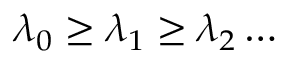
\lambda _ { 0 } \geq \lambda _ { 1 } \geq \lambda _ { 2 } \ldots